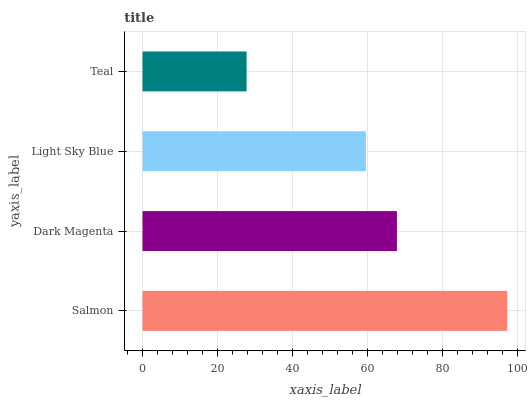
| yaxis_label | bars |
 | --- | --- |
 | Salmon | 97.3 |
 | Dark Magenta | 67.9 |
 | Light Sky Blue | 59.6 |
 | Teal | 27.8 |